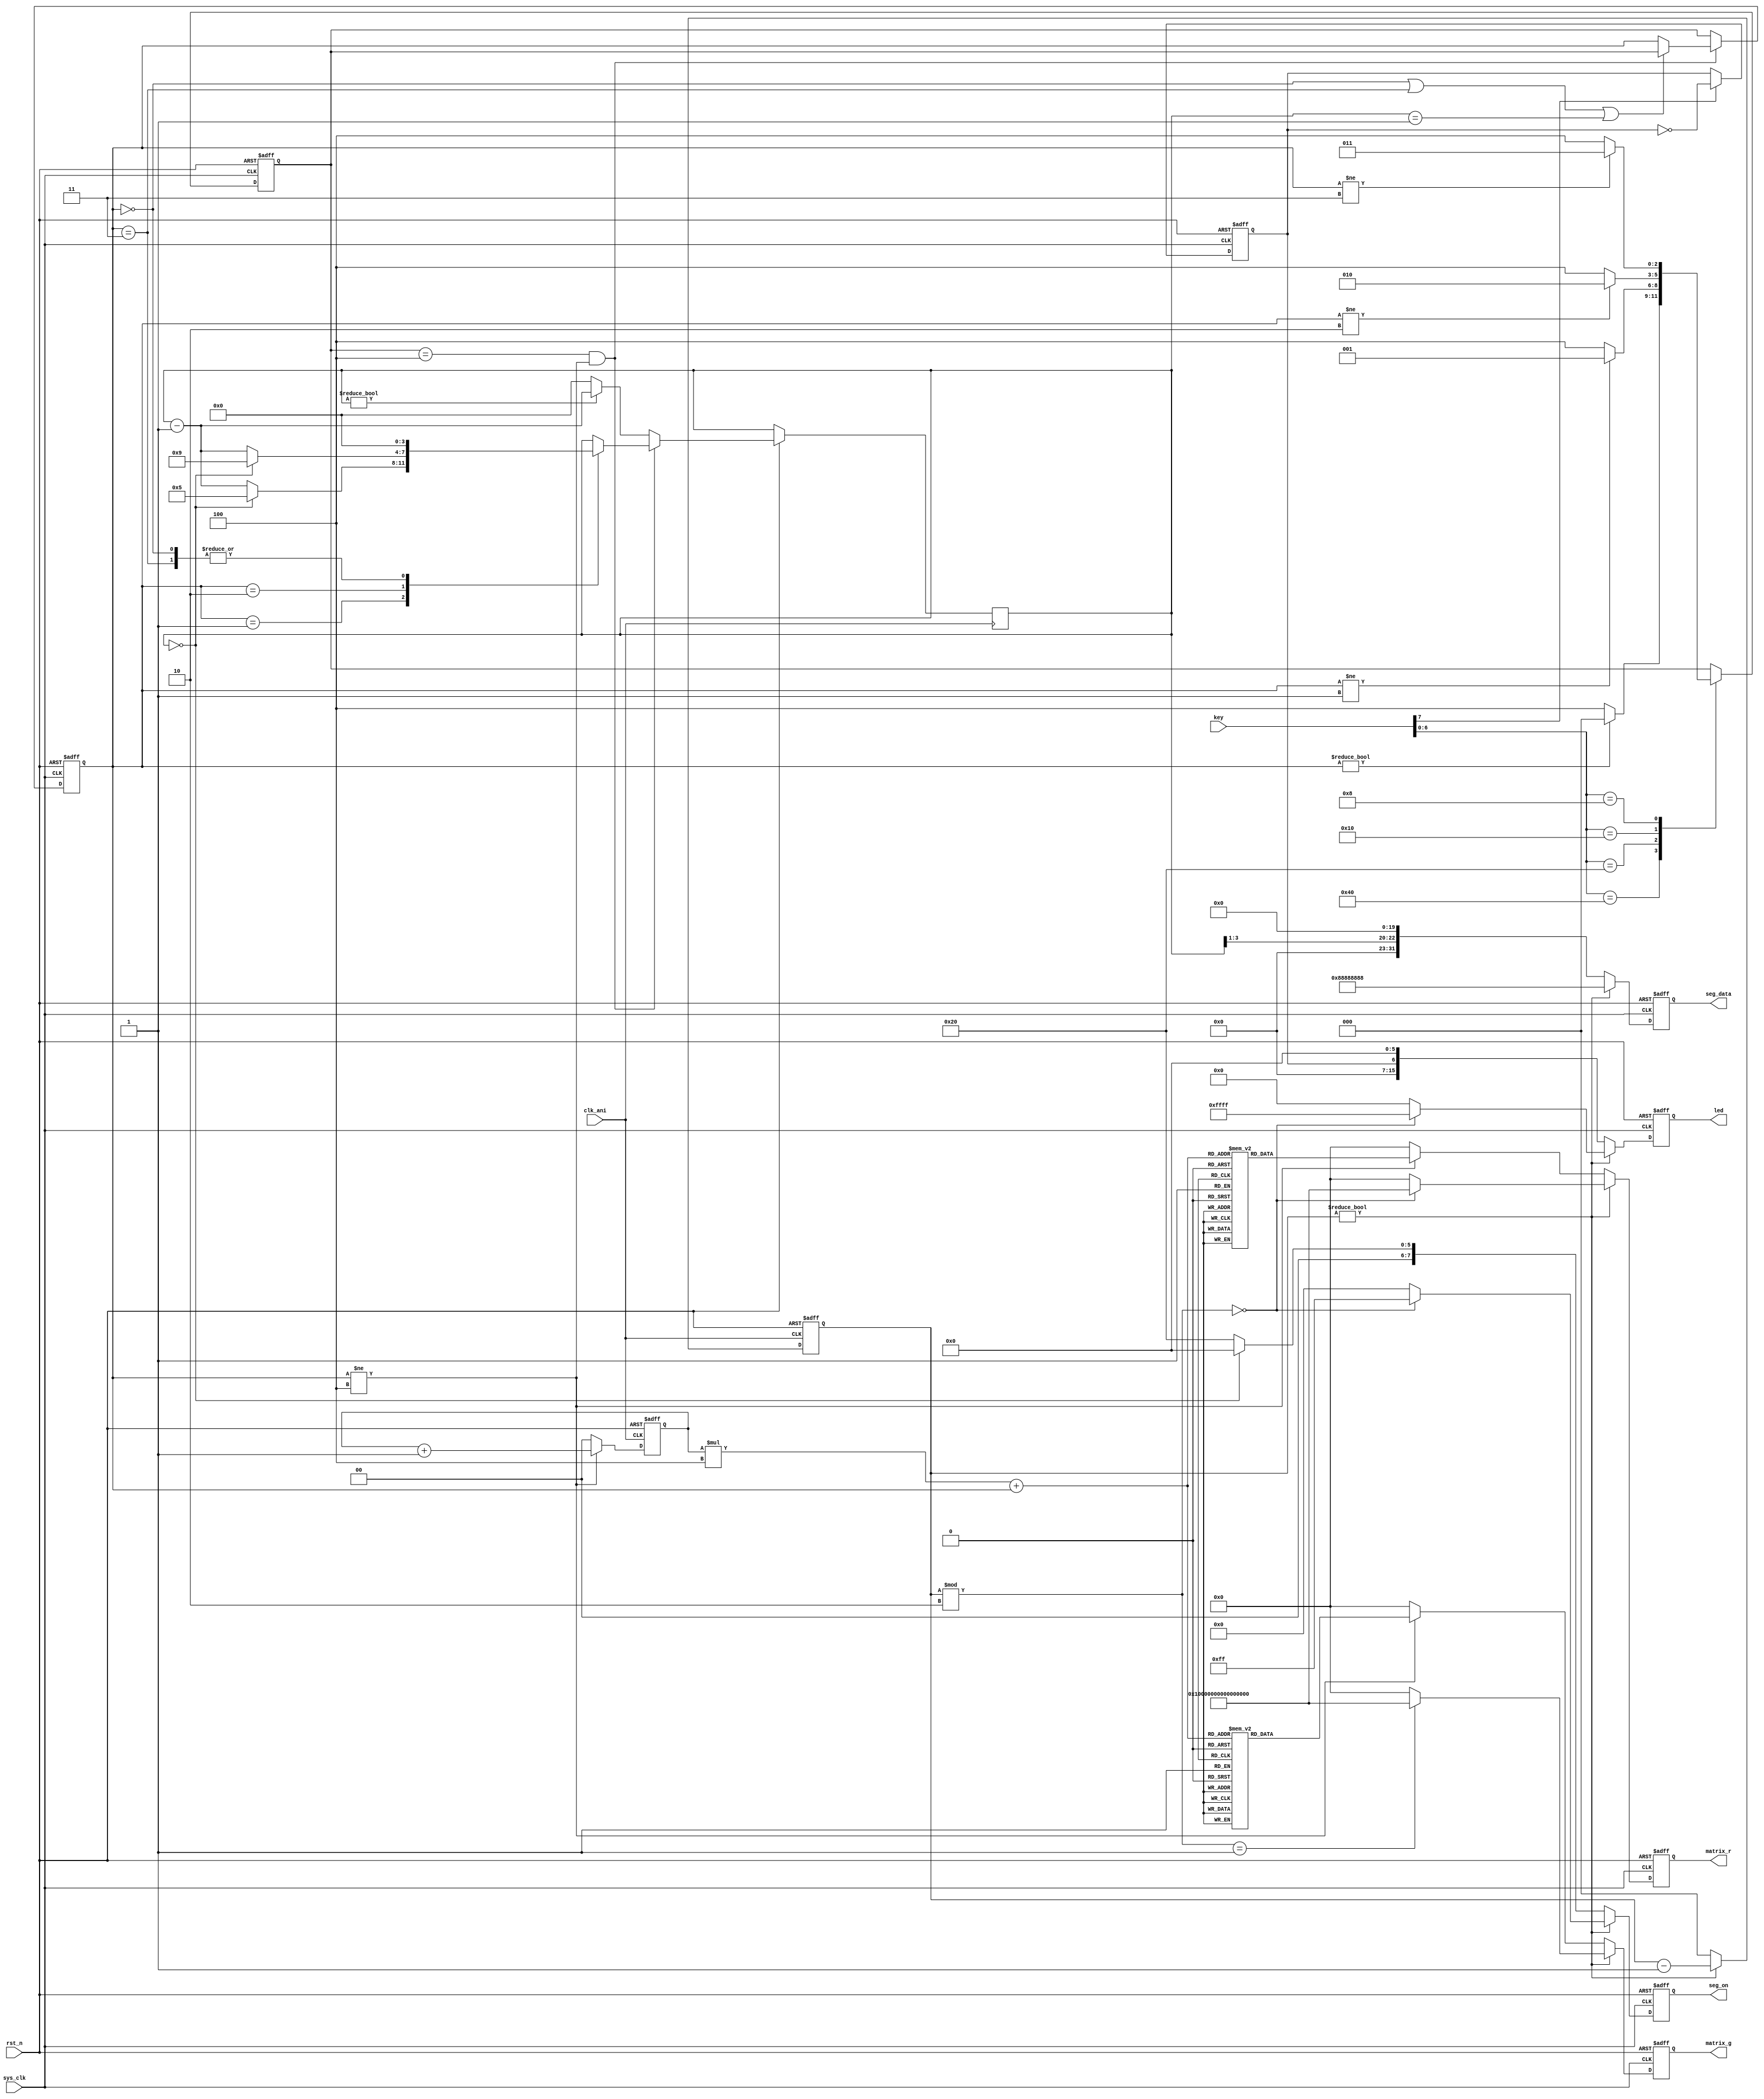


module animate(
	input sys_clk,
	input clk_ani,
	input rst_n,
	input[7:0] key,
	output reg[63:0] matrix_r,
	output reg[63:0] matrix_g,
	output reg[31:0] seg_data,
	output reg[7:0] seg_on,
	output reg[15:0] led
);
	
	localparam AIR   	  = 3'd0 ;	//
   localparam AIR_HEAT = 3'd1 ;	//
   localparam HEAT     = 3'd2 ;	//
	localparam DRY      = 3'd3 ;	//
	localparam STANDBY  = 3'd4 ;	//

	
	
	/*---------------------------  ---------------------------*/
	reg light = 1'b0;					//
	reg[2:0] mode = STANDBY;		//
	reg[2:0] new_mode = STANDBY;	//
	
	//
	always @(posedge sys_clk or negedge rst_n)begin
		if(~rst_n) new_mode <= STANDBY;
		else begin
			case({key[6:0]})
				7'b1000000: new_mode <= (mode!=AIR 	  	 ? AIR 		: STANDBY);
				7'b0100000: new_mode <= (mode!=AIR_HEAT ? AIR_HEAT : STANDBY);
				7'b0010000: new_mode <= (mode!=HEAT	 	 ? HEAT 		: STANDBY);
				7'b0001000: new_mode <= (mode!=DRY		 ? DRY  		: STANDBY);
				default:		new_mode <= new_mode;
			endcase
		end
	end
	
	//
	always @(posedge sys_clk or negedge rst_n)begin
		if(~rst_n)light = 1'b0;
		else if(key[7])light <= ~light;
	end
	/*---------------------------  ---------------------------*/
	
	
	
	
	
	
	/*---------------------------  ---------------------------*/
	reg[1:0] cnt_ani = 2'b00;		//
	reg[2:0] cnt_rst = 3'b100; 	//
	reg[3:0] cnt_cls = 4'b0000; 	//
	reg[63:0] ani_r[0:3][0:3];
	reg[63:0] ani_g[0:3][0:3];
	
	initial begin
		ani_r[0][0] = 64'h0000_0000_0000_0000;		//colcol[0]col7
		ani_r[1][0] = 64'h0000_0000_0000_0000;		//
		ani_r[2][0] = 64'h0000_0000_0000_0000;
		ani_r[3][0] = 64'h0000_0000_0000_0000;
		ani_g[0][0] = 64'h87C6_E418_1827_63E1;
		ani_g[1][0] = 64'h0818_08FA_5F10_1810;
		ani_g[2][0] = 64'h87C6_E418_1827_63E1;
		ani_g[3][0] = 64'h0818_08FA_5F10_1810;
		
		ani_r[0][1] = 64'h0703_0508_10A0_C0E0;
		ani_r[1][1] = 64'h0000_40F2_4F02_0000;
		ani_r[2][1] = 64'hE0C0_A010_0805_0307;
		ani_r[3][1] = 64'h081C_0808_1010_3810;
		ani_g[0][1] = 64'hE0C0_A010_0805_0307;
		ani_g[1][1] = 64'h081C_0808_1010_3810;
		ani_g[2][1] = 64'h0703_0508_10A0_C0E0;
		ani_g[3][1] = 64'h0000_00F2_4F02_0000;
		
		ani_r[0][2] = 64'hE7C3_A518_18A5_C3E7;
		ani_r[1][2] = 64'h081C_48FA_5F12_3810;
		ani_r[2][2] = 64'hE7C3_A518_18A5_C3E7;
		ani_r[3][2] = 64'h081C_48FA_5F12_3810;
		ani_g[0][2] = 64'hE0C0_A010_0805_0307;
		ani_g[1][2] = 64'h081C_0808_1010_3810;
		ani_g[2][2] = 64'h0703_0508_10A0_C0E0;
		ani_g[3][2] = 64'h0000_40F2_4F02_0000;
		
		ani_r[0][3] = 64'h80C0_E010_0807_0301;
		ani_r[1][3] = 64'h0818_0808_1010_1810;
		ani_r[2][3] = 64'h0706_0408_1020_60E0;
		ani_r[3][3] = 64'h0000_00F2_4F00_0000;
		ani_g[0][3] = 64'h87C6_E418_1827_63E1;
		ani_g[1][3] = 64'h0818_08FA_5F10_1810;
		ani_g[2][3] = 64'h87C6_E418_1827_63E1;
		ani_g[3][3] = 64'h0818_08FA_5F10_1810;
	end
	
	//1
	always @(posedge clk_ani or negedge rst_n)begin
		if(~rst_n)begin
			cnt_ani <= 2'b00;
			cnt_rst <= 3'b100;
		end else begin
			if(new_mode == STANDBY & mode != STANDBY)begin			//
				case(mode)
					AIR:		cnt_cls <= 4'b0000;
					AIR_HEAT:cnt_cls <= cnt_cls==4'b0000 ? 4'b0101 : cnt_cls-1; //2Hz 2
					HEAT: 	cnt_cls <= cnt_cls==4'b0000 ? 4'b1001 : cnt_cls-1; //2Hz 4
					DRY:		cnt_cls <= 4'b0000;
				endcase
			end else cnt_cls <= cnt_cls!=4'b0000 ? cnt_cls-1 : 4'b0000;
			cnt_rst <= cnt_rst != 3'b000 ? cnt_rst-1 : 3'b000;
			cnt_ani <= mode != STANDBY ? cnt_ani+1 : 2'b00;
		end
	end
	
	//2
	always @(posedge sys_clk or negedge rst_n)begin
		if(~rst_n)mode <= STANDBY;
		else if(new_mode == STANDBY & mode != STANDBY)begin			//
			mode <= (mode==AIR||mode==DRY)||cnt_cls==4'b0001 ? new_mode : mode; //
		end else mode <= new_mode;
	end
	
	//
	always @(posedge sys_clk or negedge rst_n)begin
		if(~rst_n)begin //
			matrix_r <= 64'h0000_0000_0000_0000;
			matrix_g <= 64'h0000_0000_0000_0000;
			seg_data <= 32'h0000_0000;
			seg_on <= 8'b0000_0000;
			led <= 16'h0000;
		end else if(cnt_rst != 3'b000)begin	//
			matrix_r <= cnt_rst%2==0 ? 64'hFFFF_FFFF_FFFF_FFFF : 64'h0000_0000_0000_0000;
			matrix_g <= cnt_rst%2==1 ? 64'hFFFF_FFFF_FFFF_FFFF : 64'h0000_0000_0000_0000;
			seg_data <= 32'h8888_8888;
			seg_on <= cnt_rst%2==0 ? 8'b1111_1111 : 8'b0000_0000;	//
			led <= cnt_rst%2==0 ? 16'hFFFF : 16'h0000;
		end else begin //
			matrix_r <= mode != STANDBY ? ani_r[cnt_ani][mode] : 64'h0000_0000_0000_0000;
			matrix_g <= mode != STANDBY ? ani_g[cnt_ani][mode] : 64'h0000_0000_0000_0000;
			seg_data <= {8'h00,1'b0,cnt_cls>>1,20'h0000};			//
			seg_on <= cnt_cls == 4'b0000 ? 8'b0000_0000 : 8'b0010_0000;
			led <= {9'h00,light,6'h00};									//
		end
	end
	/*---------------------------  ---------------------------*/
	
endmodule